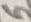
Text: 5